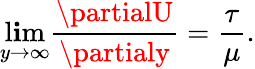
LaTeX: \operatorname*{l\mathbf{i}m}_{y\rightarrow\infty}\frac{{\partialU}}{{\partialy}}=\frac{{\tau}}{{\mu}}.